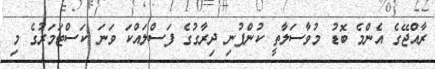
ރާއްޖޭގެ އެންމެ ބޮޑު މުވާސަލާތީ ކުންފުނި ދިރާގުގެ ފަސްލައްކަ ވަނަ ކަސްޓަމަރުގެ މި